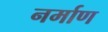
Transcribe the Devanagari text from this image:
नर्माण